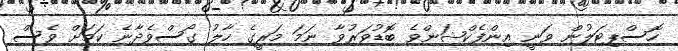
ހޮސްޕިޓަލުން ވަނީ އިންފެކްޝަންވެ ބޮޑުވަރުވާ ނަމަ މަރީގެ ހާލު ގޯސްވެދާނެ ކަމަށް ވެސް